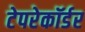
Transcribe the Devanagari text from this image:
टेपरेकॉर्डर